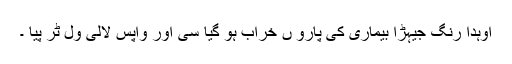
اوہدا رنگ جیہڑا بیماری کی پارو ں خراب ہو گیا سی اور واپس لالی ول ٹُر پیا ۔